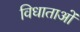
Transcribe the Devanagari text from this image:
विधाताओं